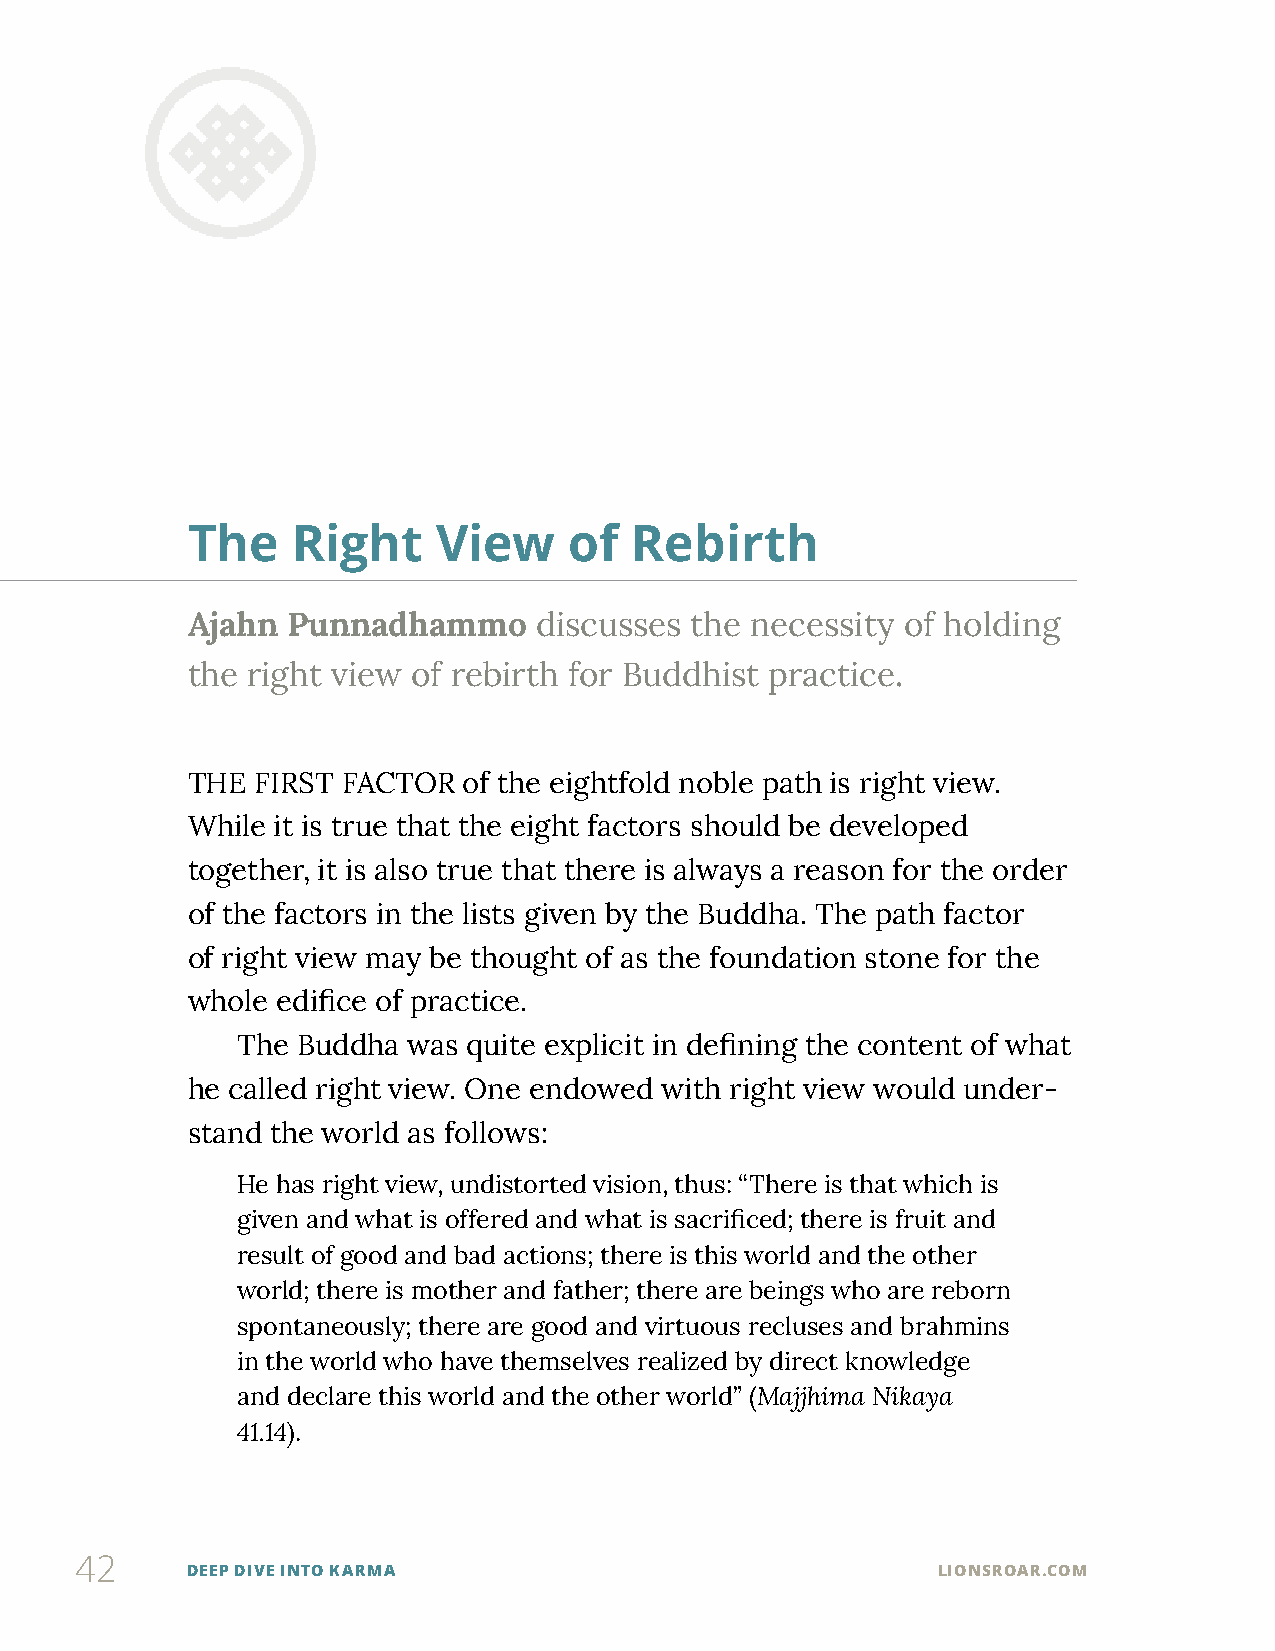
The    Right     View     of  Rebirth
 Ajahn  Punnadhammo     discusses  the necessity of holding
 the right view of rebirth for Buddhist practice.
 THE  FIRST FACTOR  of the eightfold noble path is right view.
 While it is true that the eight factors should be developed
 together, it is also true that there is always a reason for the order
 of the factors in the lists given by the Buddha. The path factor
 of right view may be thought of as the foundation stone for the
 whole edifice of practice.
 The Buddha was quite explicit in defining the content of what
 he called right view. One endowed with right view would under-
 stand the world as follows:
 He has right view, undistorted vision, thus: “There is that which is
 given and what is offered and what is sacrificed; there is fruit and
 result of good and bad actions; there is this world and the other
 world; there is mother and father; there are beings who are reborn
 spontaneously; there are good and virtuous recluses and brahmins
 in the world who have themselves realized by direct knowledge
 and declare this world and the other world” (Majjhima Nikaya
 41.14).
 42
 DEEP DIVE INTO KARMA                              LIONSROAR.COM